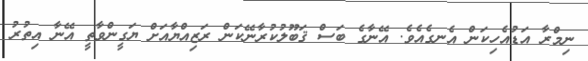
ނިމްރާ އަޑުއެހިކަން އެނގެއެވެ. އޭނާގެ ބަސް ޤަބޫލުކުރާނޭކަން ރަޒިއްޔާއަށް ޔަގީންވާތީ އޭނާ އިތުރު